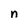
Character: n